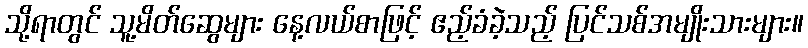
သို့ရာတွင် သူ့မိတ်ဆွေများ နေ့လယ်စာဖြင့် ဧည့်ခံခဲ့သည့် ပြင်သစ်အမျိုးသားများ။